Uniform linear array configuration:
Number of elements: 16
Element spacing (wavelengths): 0.5
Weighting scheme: kaiser
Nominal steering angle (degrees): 15
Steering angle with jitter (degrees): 16.815
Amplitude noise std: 0.05
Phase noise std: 0.05

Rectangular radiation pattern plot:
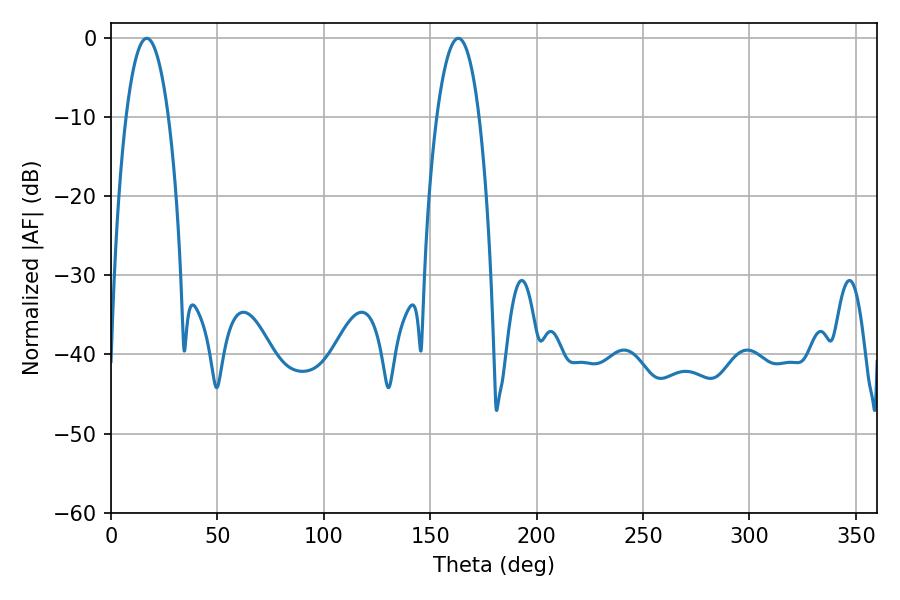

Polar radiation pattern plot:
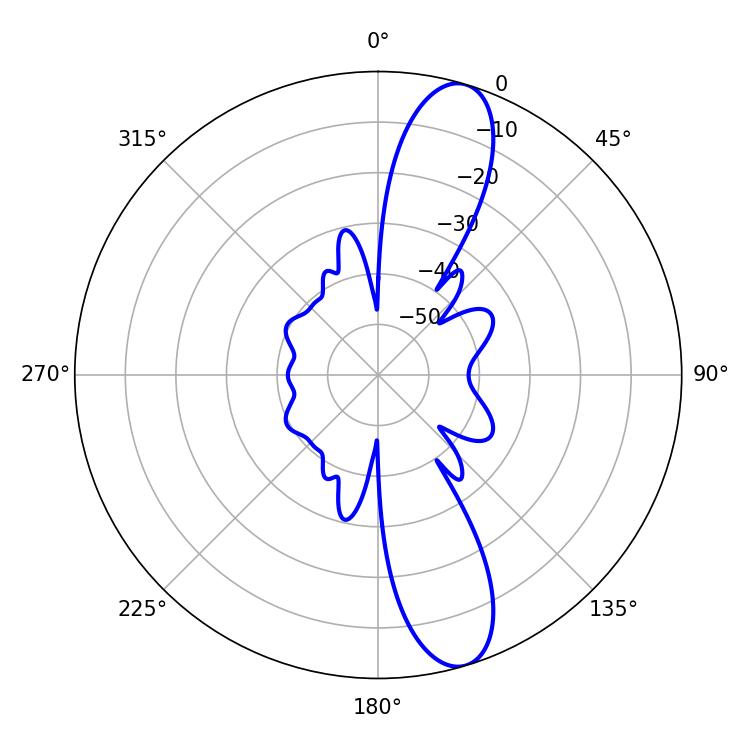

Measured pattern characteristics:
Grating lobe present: FALSE
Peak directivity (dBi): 12.238
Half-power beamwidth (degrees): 10.98
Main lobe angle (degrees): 16.74